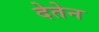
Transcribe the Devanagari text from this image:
देतेन